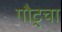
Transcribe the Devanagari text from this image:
गौट्चा